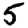
Digit: 5